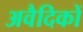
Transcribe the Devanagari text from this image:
अवैदिकों